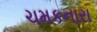
ચમકનારા